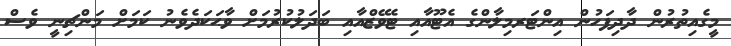
މީގެއިތުރުން ދާދިފަހުން އިންޓަރމިލާންގެ އެޓޫއާއި ޓެވޭޒްއާއި ބަދަލުކުރުމަށް ވާޙަކަދެވެނު ކަމަށް މަންޗިނީ ވެސް